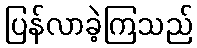
ပြန်လာခဲ့ကြသည်